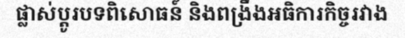
ផ្លាស់ប្តូរបទពិសោធន៍ និងពង្រឹងអធិការកិច្ចរវាង